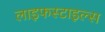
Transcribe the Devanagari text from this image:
लाइफस्टाइल्स